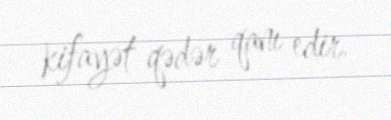
kifayət qədər qanı edir.